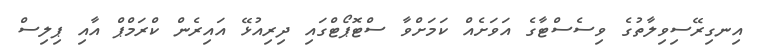
އިނގިރޭސިވިލާތުގެ ވިސެސްޓާގެ އަވަށެއް ކަމަށްވާ ސްޓޮޕޯޓްގައި ދިރިއުޅޭ އައިރެން ކްރަމްޕް އާއި ޕިލިސް